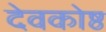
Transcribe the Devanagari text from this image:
देवकोष्ठ